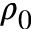
\rho _ { 0 }